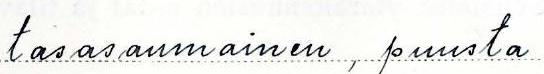
tasasaumainen, puusta